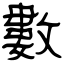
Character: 數